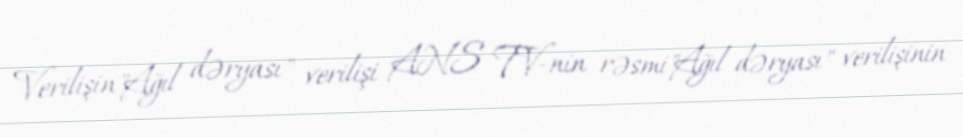
Verilişin"Ağıl dəryası" verilişi ANS TV-nin rəsmi"Ağıl dəryası" verilişinin